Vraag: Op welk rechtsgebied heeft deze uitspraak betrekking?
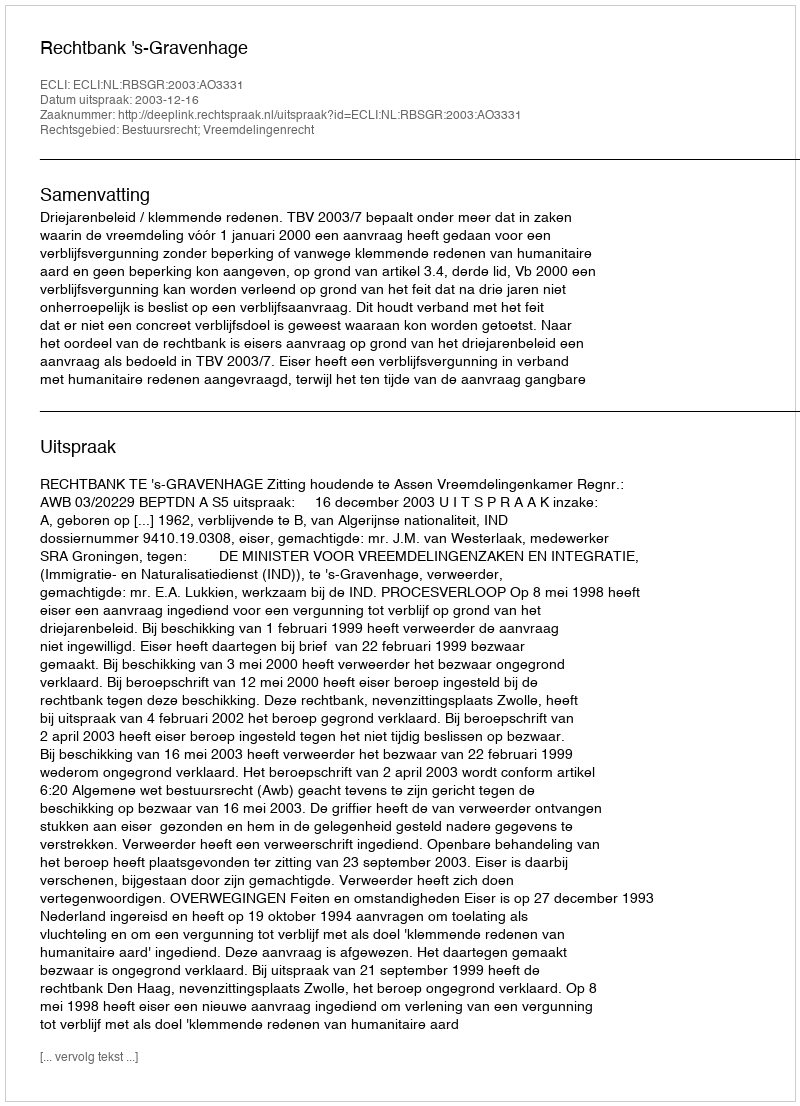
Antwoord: Bestuursrecht; Vreemdelingenrecht